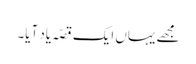
مجھے یہاں ایک قصّہ یاد آیا۔